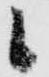
候